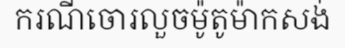
ករណីចោរលួចម៉ូតូម៉ាកសង់